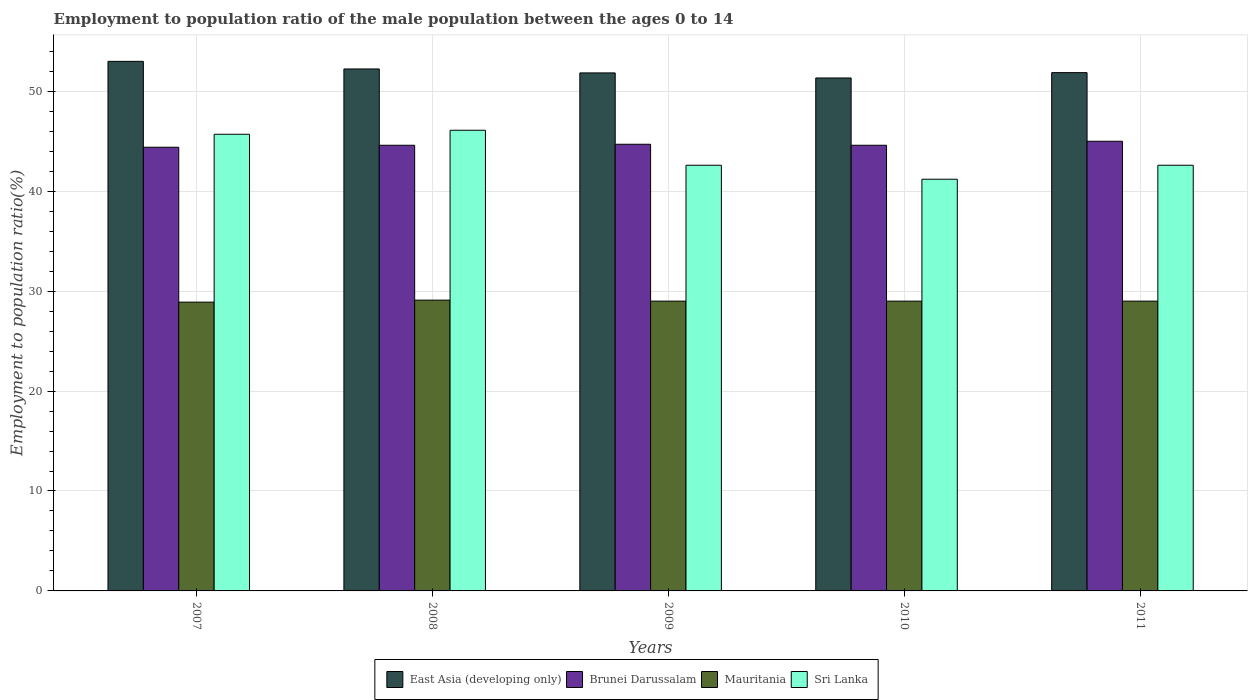
| Years | East Asia (developing only) | Brunei Darussalam | Mauritania | Sri Lanka |
 | --- | --- | --- | --- | --- |
 | 2007 | 53 | 44.4 | 28.9 | 45.7 |
 | 2008 | 52.2 | 44.6 | 29.1 | 46.1 |
 | 2009 | 51.8 | 44.7 | 29 | 42.6 |
 | 2010 | 51.3 | 44.6 | 29 | 41.2 |
 | 2011 | 51.9 | 45 | 29 | 42.6 |